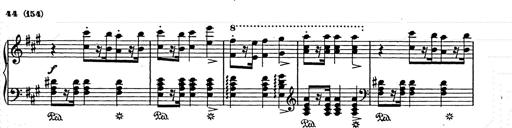
Title: Weihnachtsbaum
Composer: Franz Liszt